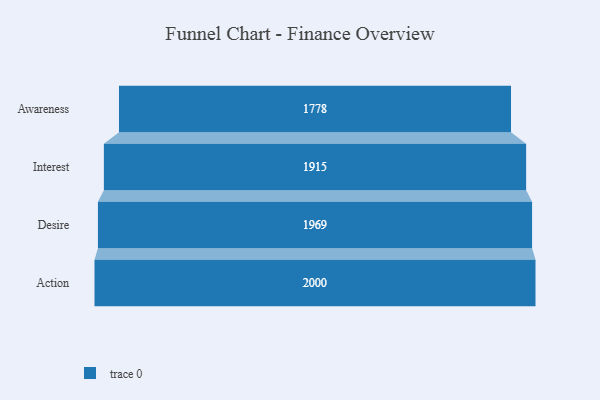
{"axis": {"x": "Stage", "y": "Value"}, "legend": [""], "data": [{"x": "Awareness", "y": 1778.0, "type": ""}, {"x": "Interest", "y": 1915.0, "type": ""}, {"x": "Desire", "y": 1969.0, "type": ""}, {"x": "Action", "y": 2000, "type": ""}]}